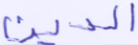
الدين